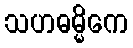
သဟဓမ္မိကေ